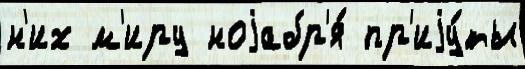
н'их м'иру ноjабр'я́ пр'иjу́ты